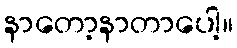
နာတော့နာတာပေါ့။